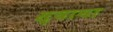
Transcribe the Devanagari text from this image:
स्याना